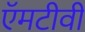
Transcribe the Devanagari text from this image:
ऍमटीवी